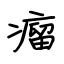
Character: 瘤